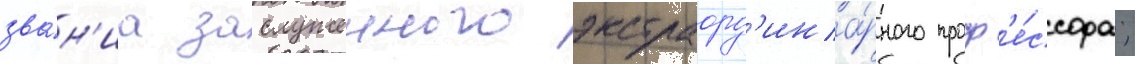
зва́н'иа заслуженного экстраорд'ина́рного проф'е́ссора;